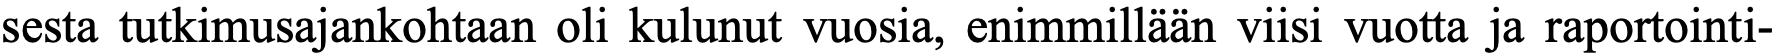
sesta tutkimusajankohtaan oli kulunut vuosia, enimmillään viisi vuotta ja raportointi-